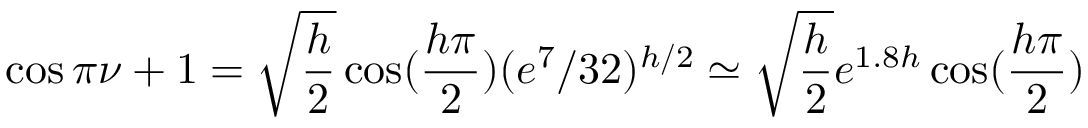
\cos \pi \nu + 1 = \sqrt { \frac { h } { 2 } } \cos ( \frac { h \pi } { 2 } ) ( e ^ { 7 } / 3 2 ) ^ { h / 2 } \simeq \sqrt { \frac { h } { 2 } } e ^ { 1 . 8 h } \cos ( \frac { h \pi } { 2 } )